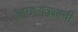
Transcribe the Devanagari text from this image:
आराध्यवृक्षाची